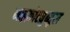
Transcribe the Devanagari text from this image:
माइक्रोट्युब्युल